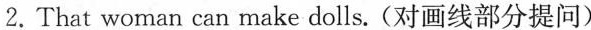
2.That woman can make \underline{dolls}.